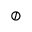
\oslash